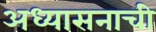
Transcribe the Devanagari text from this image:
अध्यासनाची